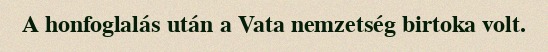
A honfoglalás után a Vata nemzetség birtoka volt.